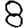
Digit: 8